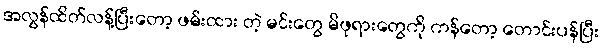
အလွန်ထိတ်လန့်ပြီးတော့ ဖမ်းထား တဲ့ မင်းတွေ မိဖုရားတွေကို ကန်တော့ တောင်းပန်ပြီး